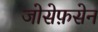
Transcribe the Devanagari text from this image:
जोसेफ़सेन